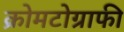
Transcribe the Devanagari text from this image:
क्रोमटोग्राफी